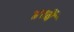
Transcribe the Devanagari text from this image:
४१वें